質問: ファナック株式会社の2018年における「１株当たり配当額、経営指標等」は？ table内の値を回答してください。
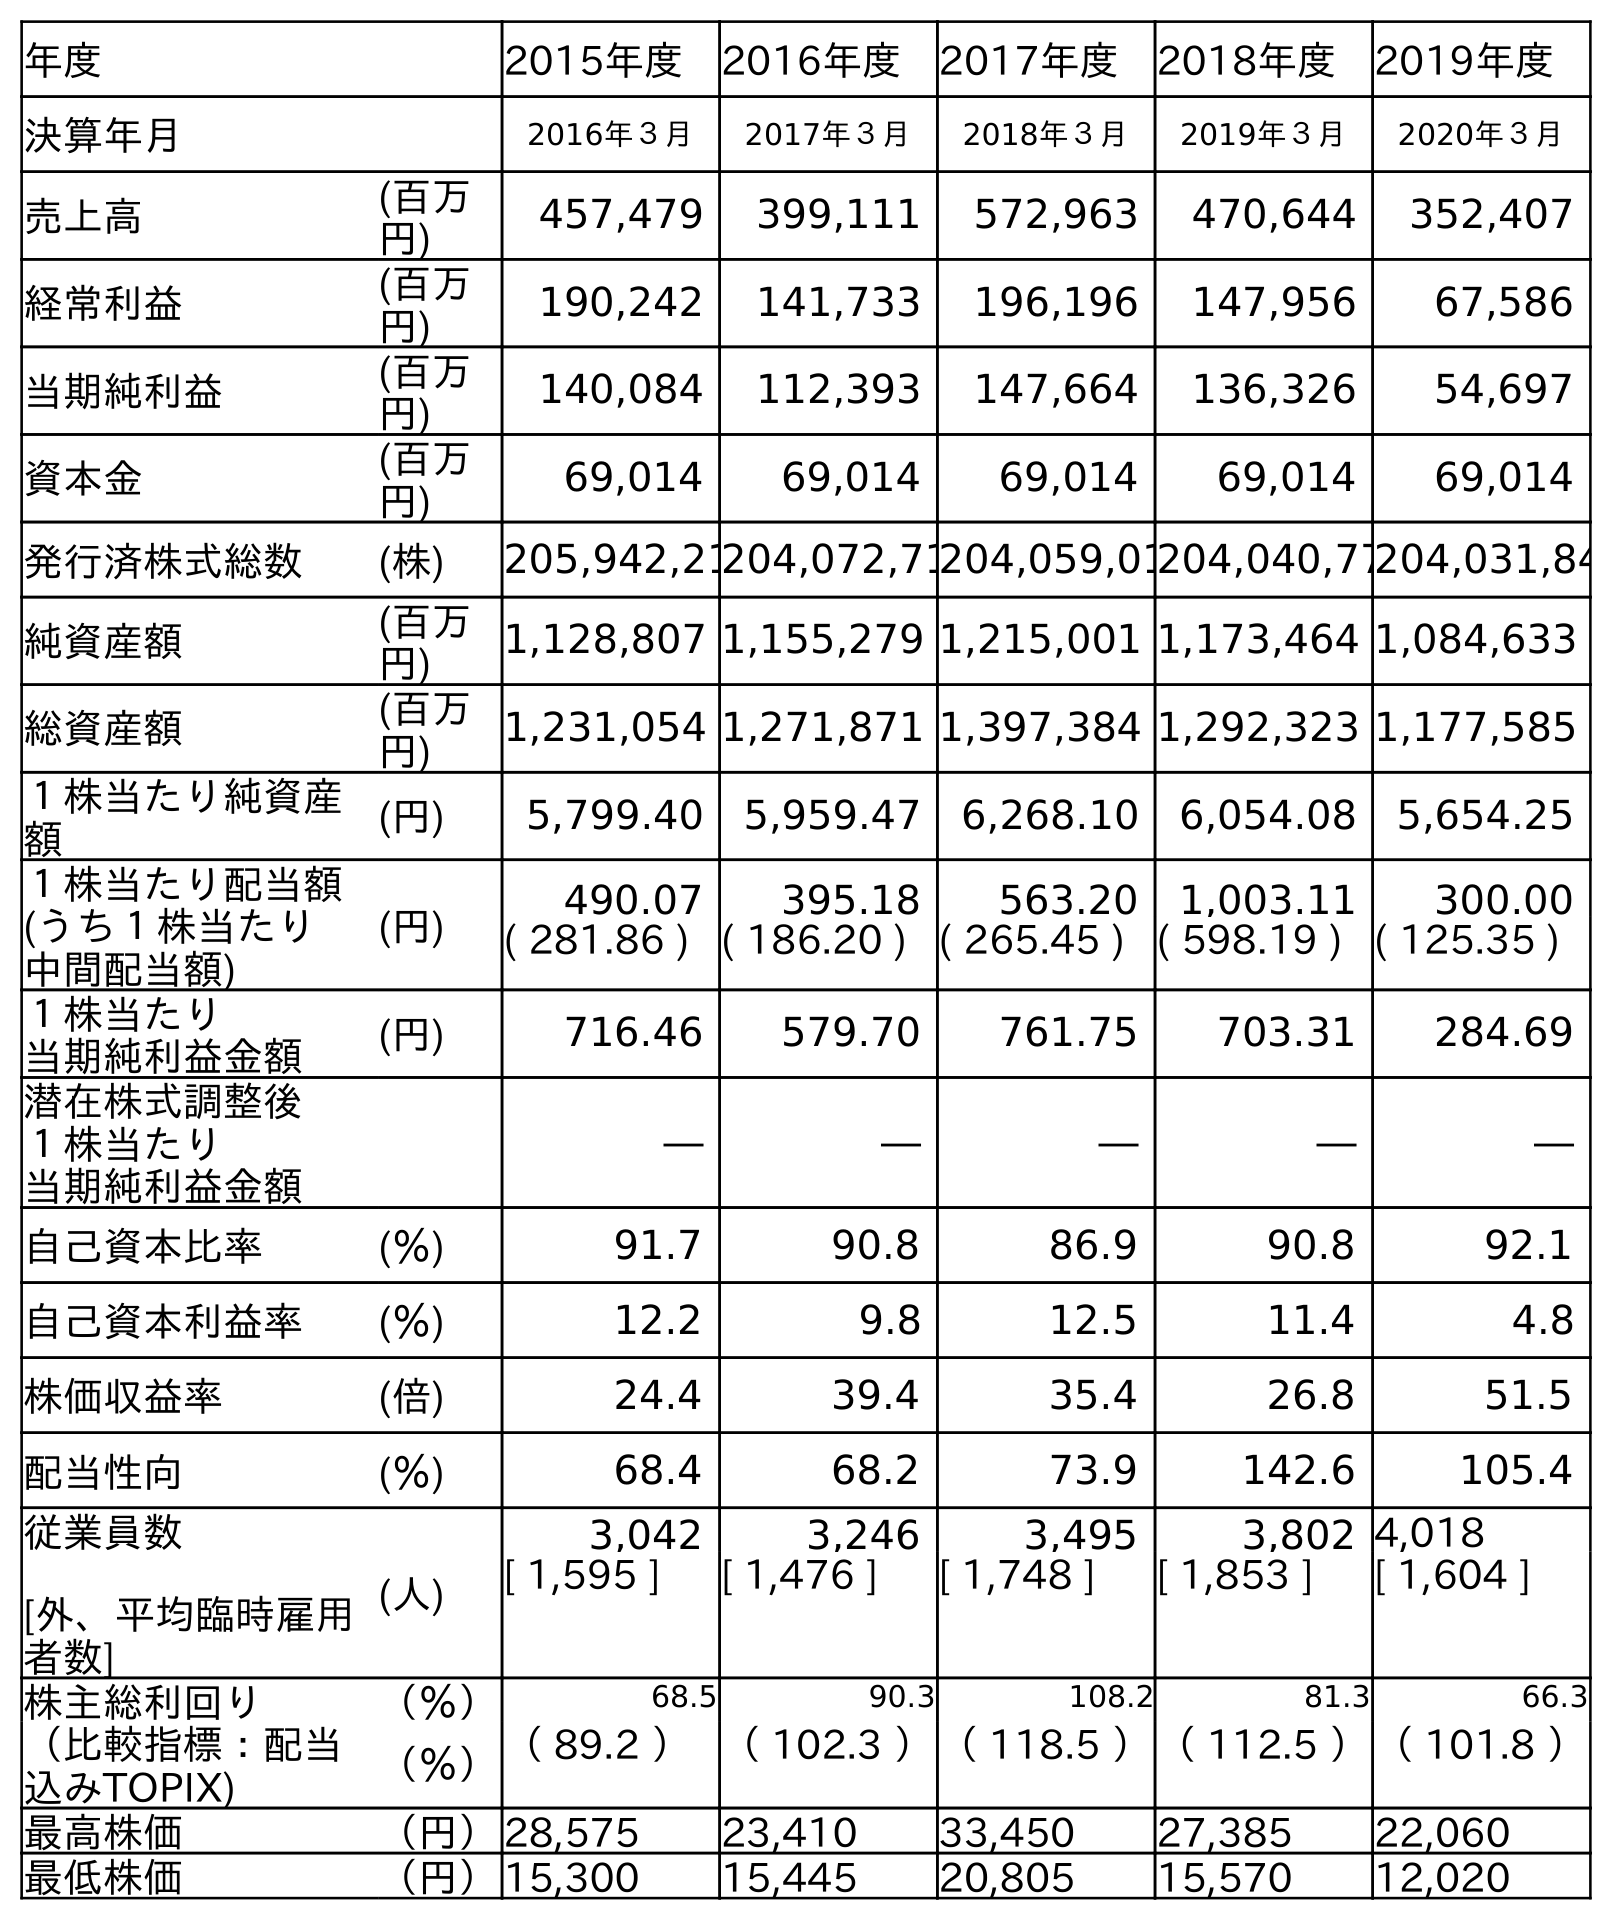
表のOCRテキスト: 年度 2015年度 2016年度 2017年度 2018年度 2019年度 決算年月 2016年３月 2017年３月 2018年３月 2019年３月 2020年３月 売上高 (百万 円) 457,479 399,111 572,963 470,644 352,407 経常利益 (百万 円) 190,242 141,733 196,196 147,956 67,586 当期純利益 (百万 円) 140,084 112,393 147,664 136,326 54,697 資本金 (百万 円) 69,014 69,014 69,014 69,014 69,014 発行済株式総数 (株) 205,942,21204,072,71204,059,01204,040,77204,031,84 純資産額 (百万 円) 1,128,807 1,155,279 1,215,001 1,173,464 1,084,633 総資産額 (百万 円) 1,231,054 1,271,871 1,397,384 1,292,323 1,177,585 １株当たり純資産 額 (円) 5,799.40 5,959.47 6,268.10 6,054.08 5,654.25 １株当たり配当額 (うち１株当たり 中間配当額) (円) 490.07 395.18 563.20 1,003.11 300.00 ( 281.86 ) ( 186.20 ) ( 265.45 ) ( 598.19 ) ( 125.35 ) １株当たり 当期純利益金額 (円) 716.46 579.70 761.75 703.31 284.69 潜在株式調整後 １株当たり 当期純利益金額 ― ― ― ― ― 自己資本比率 (％) 91.7 90.8 86.9 90.8 92.1 自己資本利益率 (％) 12.2 9.8 12.5 11.4 4.8 株価収益率 (倍) 24.4 39.4 35.4 26.8 51.5 配当性向 (％) 68.4 68.2 73.9 142.6 105.4 従業員数 [外、平均臨時雇用 者数] (人) 3,042 3,246 3,495 3,802 4,018 [ 1,595 ] [ 1,476 ] [ 1,748 ] [ 1,853 ] [ 1,604 ] 株主総利回り （％） 68.5 90.3 108.2 81.3 66.3 （比較指標：配当 込みTOPIX) （％）（ 89.2 ）（ 102.3 ）（ 118.5 ）（ 112.5 ）（ 101.8 ） 最高株価 （円）28,575 23,410 33,450 27,385 22,060 最低株価 （円）15,300 15,445 20,805 15,570 12,020
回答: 563.20